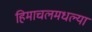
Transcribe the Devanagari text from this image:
हिमाचलमधल्या